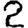
Digit: 2